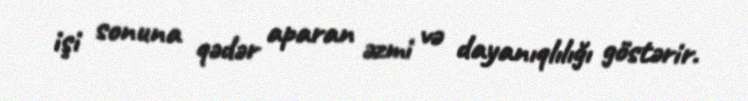
işi sonuna qədər aparan əzmi və dayanıqlılığı göstərir.